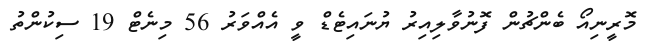
މޮރީނިއޯ ބެންޗުން ފޮނުވާލިއިރު ޔުނައިޓެޑް ވީ އެއްވަރު 56 މިނެޓް 19 ސިކުންތު